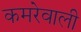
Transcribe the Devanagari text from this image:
कमरेवाली